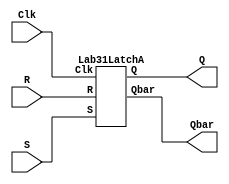
//This program implements an RS latch. I did not use the code given in the lab manual because every time
//I tried to run a simulation on it, the code would fall into an infinite loop and would create an 
//iteration limit reached error in ModelSim.
//The Lab31Waveform.vwf that goes with this .v file does produce the waveform for this RS latch.
module Lab31 (Clk, R, S, Q, Qbar);
input Clk, R, S;
output Q, Qbar;

Lab31LatchA myLatch(Clk, R, S, Q, Qbar);

endmodule

// A gated RS latch
module Lab31LatchA (Clk, R, S, Q, Qbar);
	input wire R, S, Clk;
	output wire Q, Qbar;

   wire   S2   = ~(Clk & S);
   wire   R2   = ~(Clk & R);
   assign Q    = ~(S2 & Qbar);
   assign Qbar = ~(R2 & Q);
endmodule